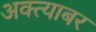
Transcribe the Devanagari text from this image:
अक्त्याबर